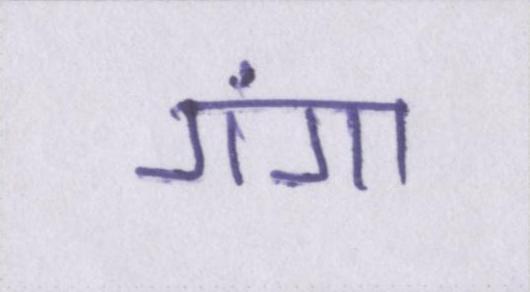
गंगा